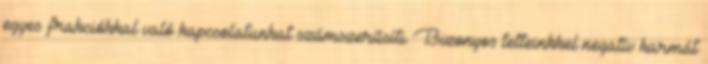
egyes frakciókkal való kapcsolatunkat számszerűsíti. Bizonyos tetteinkkel negatív karmát